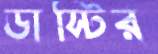
ডাস্টির